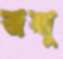
জম্মু